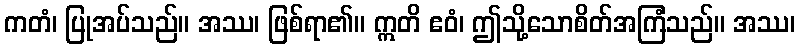
ကတံ၊ ပြုအပ်သည်။ အဿ၊ ဖြစ်ရာ၏။ ဣတိ ဧဝံ၊ ဤသို့သောစိတ်အကြံသည်။ အဿ၊